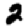
Digit: 2